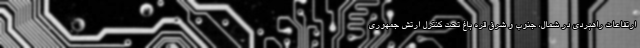
ارتفاعات راهبردی در شمال، جنوب و شرق قره باغ تحت کنترل ارتش جمهوری